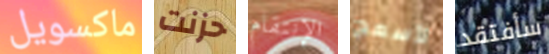
ماكسويل حزنت الإنتقام لأسمح سأفتقد